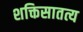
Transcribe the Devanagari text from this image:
शक्तिसातत्य